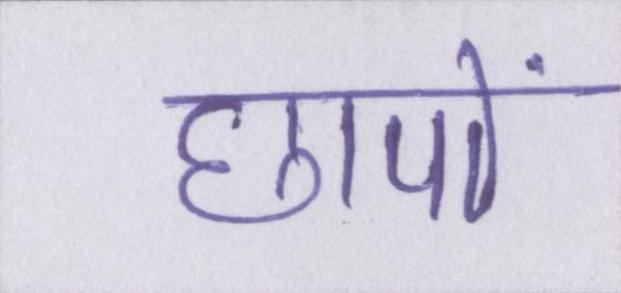
छापों